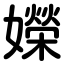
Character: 嬫